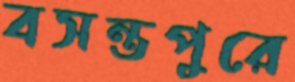
বসন্তপুরে